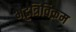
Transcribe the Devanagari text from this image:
भट्टत्रिविक्रम